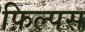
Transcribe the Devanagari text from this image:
फ़िल्पस